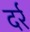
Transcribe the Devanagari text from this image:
दर्र